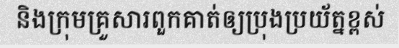
និងក្រុមគ្រួសារពួកគាត់ឲ្យប្រុងប្រយ័ត្នខ្ពស់